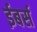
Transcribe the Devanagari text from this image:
ईबर्स